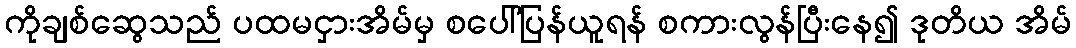
ကိုချစ်ဆွေသည် ပထမငှားအိမ်မှ စပေါ်ပြန်ယူရန် စကားလွန်ပြီးနေ၍ ဒုတိယ အိမ်